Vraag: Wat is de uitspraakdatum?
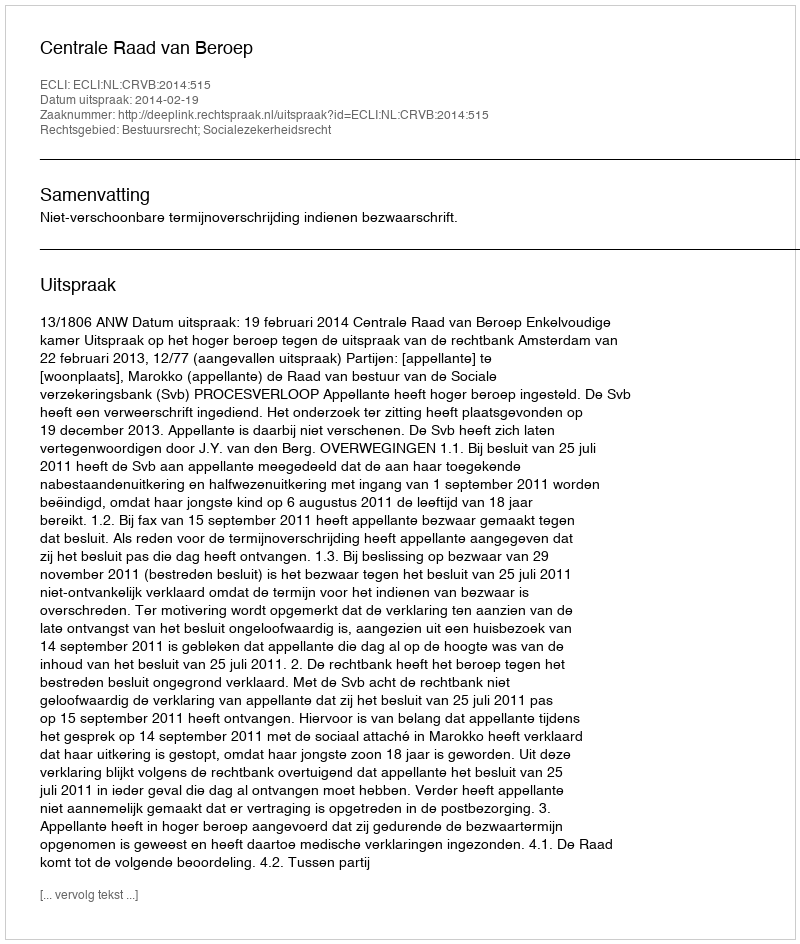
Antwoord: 2014-02-19